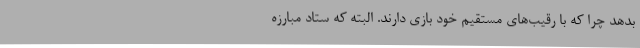
بدهد چرا که با رقیب‌های مستقیم خود بازی‌ دارند. البته که ستاد مبارزه